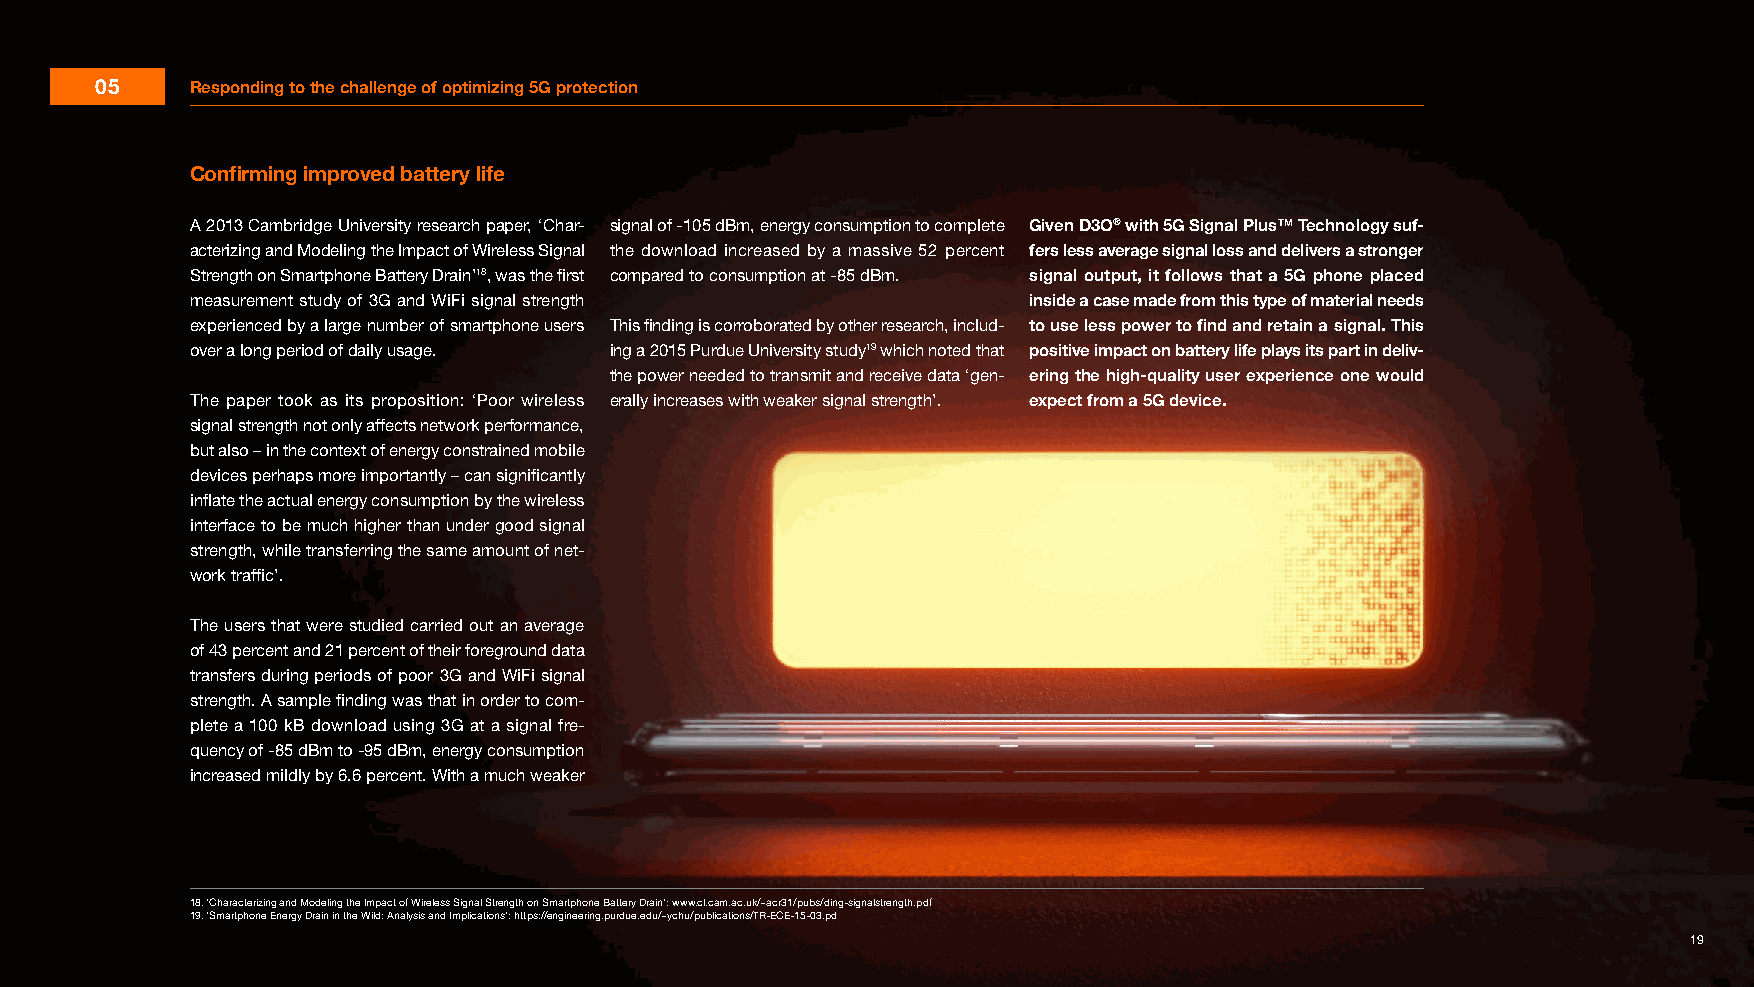
05     Responding to the challenge of optimizing 5G protection
 Confirming improved battery life
 A 2013 Cambridge University research paper, ‘Char- signal of -105 dBm, energy consumption to complete Given D3O® with 5G Signal Plus™ Technology suf-
 acterizing and Modeling the Impact of Wireless Signal the download increased by a massive 52 percent fers less average signal loss and delivers a stronger
 Strength on Smartphone Battery Drain’18, was the first compared to consumption at -85 dBm. signal output, it follows that a 5G phone placed
 measurement study of 3G and WiFi signal strength       inside a case made from this type of material needs
 experienced by a large number of smartphone users This finding is corroborated by other research, includ- to use less power to find and retain a signal. This
 over a long period of daily usage. ing a 2015 Purdue University study19 which noted that positive impact on battery life plays its part in deliv-
 the power needed to transmit and receive data ‘gen- ering the high-quality user experience one would
 The paper took as its proposition: ‘Poor wireless erally increases with weaker signal strength’. expect from a 5G device.
 signal strength not only affects network performance,
 but also – in the context of energy constrained mobile
 devices perhaps more importantly – can significantly
 inflate the actual energy consumption by the wireless
 interface to be much higher than under good signal
 strength, while transferring the same amount of net-
 work traffic’.
 The users that were studied carried out an average
 of 43 percent and 21 percent of their foreground data
 transfers during periods of poor 3G and WiFi signal
 strength. A sample finding was that in order to com-
 plete a 100 kB download using 3G at a signal fre-
 quency of -85 dBm to -95 dBm, energy consumption
 increased mildly by 6.6 percent. With a much weaker
 18. ‘Characterizing and Modeling the Impact of Wireless Signal Strength on Smartphone Battery Drain’: www.cl.cam.ac.uk/~acr31/pubs/ding-signalstrength.pdf
 19. ‘Smartphone Energy Drain in the Wild: Analysis and Implications’: https://engineering.purdue.edu/~ychu/publications/TR-ECE-15-03.pd
 19                                                                                                           19